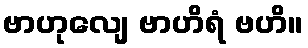
ဗာဟုလျေ ဗာဟိရံ ဗဟိ။